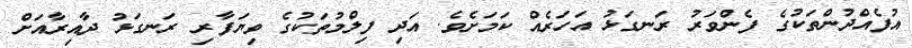
އުފެއްދުންތަކުގެ ފެންވަރު ރަނގަޅު އަހަރެއް ކަމަށެވެ. އަދި ފިލްމުތަކުގެ ވިޔަފާރި ރަނގަޅު ދާއިރާއަށް